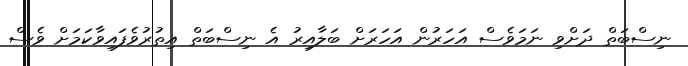
ނިސްބަތް ދަށްވި ނަމަވެސް އަހަރުން އަހަރަށް ބަލާއިރު އެ ނިސްބަތް އިތުރުވެފައިވާކަމަށް ވެސް